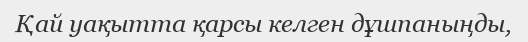
Қай уақытта қарсы келген дұшпаныңды,